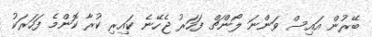
ބޭރުން އައިސް ވަންނަ ލޯންޗް ފަހަރު ޖެހޭނެ ކައިރި ކުރާ ކޮންމެ ފަހަރަކު